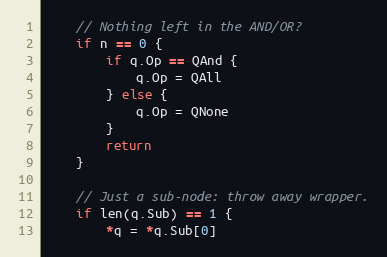
Language: Go
	// Nothing left in the AND/OR?
	if n == 0 {
		if q.Op == QAnd {
			q.Op = QAll
		} else {
			q.Op = QNone
		}
		return
	}

	// Just a sub-node: throw away wrapper.
	if len(q.Sub) == 1 {
		*q = *q.Sub[0]